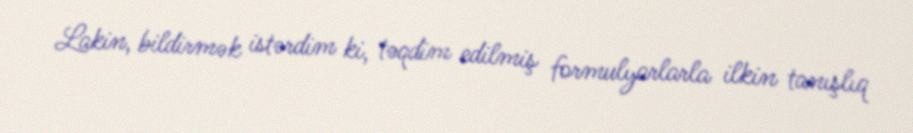
Lakin, bildirmək istərdim ki, təqdim edilmiş formulyarlarla ilkin tanışlıq